Civil Veterinary Department Bihar reports 1936-40 - 1936-1940
Year: 1936
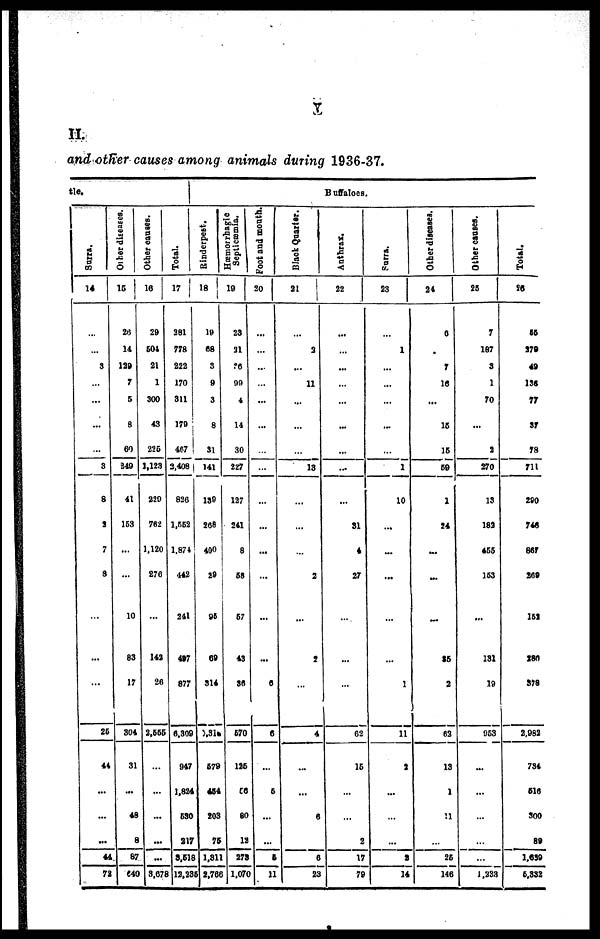
II.
and other causcs amonq animals durinq 1936-37.
tle.
Surra.
14
...
..
3
...
...
...
...
3
8
3
7
3
...
...
...
26
44
...
...
...
44
72
Other diseases.
15
25
14
139
7
5
8
60
249
41
153
...
...
10
83
17
304
31
...
48
8
87
640
Other causes.
16
29
504
21
1
300
43
225
1,123
220
762
1,120
270
..
142
26
3,555
...
...
...
...
...
3,078
|
Total.
17
281
778
222
170
311
170
467
2.408
826
2,552
1,874
...
241
497
877
6,309
947
1.824
530
317
3,518
13,235
Rinderpest.
18
19
68
3
9
3
8
31
141
138
208
400
29
96
09
316
2,316
679
464
203
76
1.31
2,766
Septrcæmia.
19
23
31
26
90
4
14
30
227
127
241
8
68
67
43
36
670
126
66
80
12
273
1,070
Foot
and mouth.
20
...
...
...
...
...
...
...
...
...
...
...
...
...
...
6
6
...
5
...
...
5
11
Black Quarter.
21
..
3
...
11
...
...
...
13
...
...
...
2
...
2
..
4
...
...
6
...
6
23
Buffaloes.
Anthrax.
22
...
...
...
...
...
...
...
...
...
31
4
27
...
...
...
62
10
...
...
2
17
79
Surra.
23
...
1
...
...
...
...
...
1
10
...
....
...
...
...
1
11
2
...
...
...
3
14
Other diseases.
24
6
...
7
10
...
15
15
59
1
24
...
...
...
25
2
63
13
1
21
...
26
146
Other causes.
25
7
187
3
1
70
...
1
270
13
183
455
163
...
131
10
553
...
...
...
..
..
1.333
Total.
26
46
379
49
136
77
37
78
711
290
746
867
269
152
280
378
2.982
734
61ft
300
39
1,639
6.332